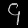
Digit: ၄